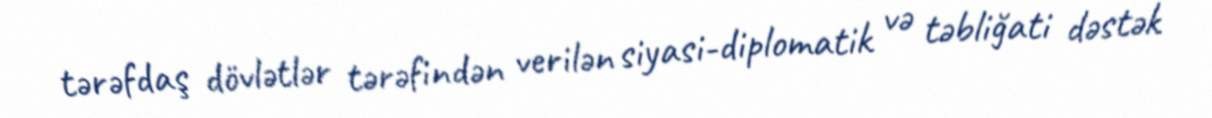
tərəfdaş dövlətlər tərəfindən verilən siyasi-diplomatik və təbliğati dəstək